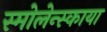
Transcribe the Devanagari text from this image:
स्मोलेन्स्काया